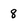
Character: 8